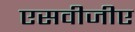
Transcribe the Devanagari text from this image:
एसवीजीए